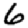
Digit: 6